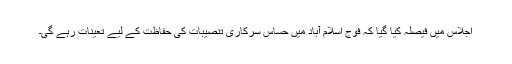
اجلاس میں فیصلہ کیا گیا کہ فوج اسلام آباد میں حساس سرکاری تنصیبات کی حفاظت کے لیے تعینات رہے گی۔